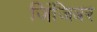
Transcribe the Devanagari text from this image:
जिंजिबर